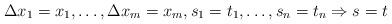
LaTeX: \begin{align*}\Delta x_1=x_1,\ldots, \Delta x_m=x_m,s_1=t_1,\ldots, s_n=t_n\Rightarrow s=t\end{align*}